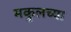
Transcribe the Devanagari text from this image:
मकुलच्या